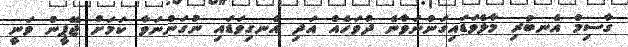
ގާސިމް އެނބުރި މާލެވަޑައިގަންނަވާނެ ދުވަހެއް އަދި އެނގިވަޑައި ނުގަންނަވާ ކަމަށް ޖޭޕީން ވަނީ